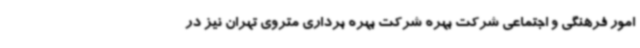
امور فرهنگی و اجتماعی شرکت بهره شرکت بهره برداری متروی تهران نیز در